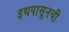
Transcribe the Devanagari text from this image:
इथपासूनची